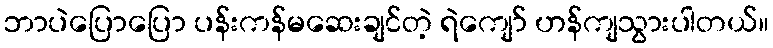
ဘာပဲပြောပြော ပန်းကန်မဆေးချင်တဲ့ ရဲကျော် ဟန်ကျသွားပါတယ်။